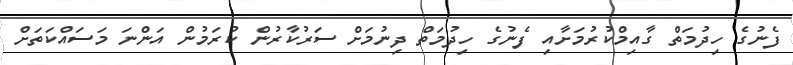
ފެނުގެ ހިދުމަތް ގާއިމްކުރުމަށާއި ފެނުގެ ހިދުމަތް ދިނުމަށް ސަރުކާރުން ކުރަމުން އަންނަ މަސައްކަތަށް